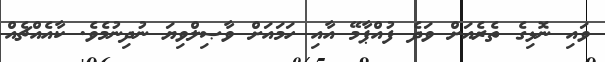
ވައި ނޮޅިގެ ތެރެއަށް ވަދެ ފުއްޕާމޭ އާއި ހަމައަށް ވާޞިލްވިޔަ ނުދިނުމެވެ. ކާއެއްޗެއް